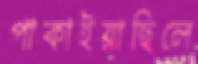
পাকাইয়াছিলে